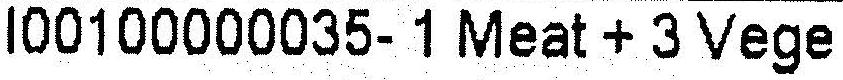
I00100000035- 1 MEAT + 3 VEGE